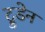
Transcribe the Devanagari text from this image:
ट्रुडेन